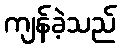
ကျန်ခဲ့သည်